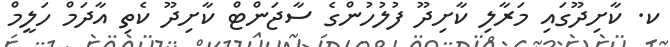
ކ. ކާށިދޫގައި މަރާލި ކާށިދޫ ފުލުހުންގެ ސާޖަންޓް ކާށިދޫ ކެތި އާދަމް ހަލީމް